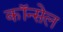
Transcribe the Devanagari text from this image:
कॉन्सेल